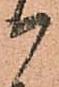
候